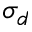
\sigma _ { d }